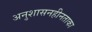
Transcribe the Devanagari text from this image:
अनुशासनहीनताका